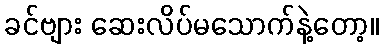
ခင်ဗျား ဆေးလိပ်မသောက်နဲ့တော့။